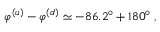
\varphi ^ { ( u ) } - \varphi ^ { ( d ) } \simeq - 8 6 . 2 ^ { \circ } + 1 8 0 ^ { \circ } \; ,